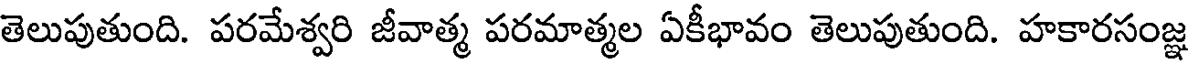
తెలుపుతుంది. పరమేశ్వరి జీవాత్మ పరమాత్మల ఏకీభావం తెలుపుతుంది. హకారసంజ్ఞ